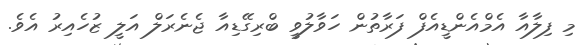
މި ފިލާއާ އެމްއެންޑީއެފް ފަރާތުން ހަވާލުވީ ބްރިގޭޑިއާ ޖެނެރަލް އަލީ ޒުހެއިރު އެވެ.